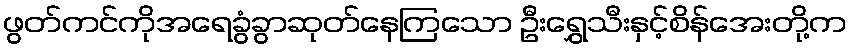
ဖွတ်ကင်ကိုအရေခွံခွာဆုတ်နေကြသော ဦးရွှေသီးနှင့်စိန်အေးတို့က